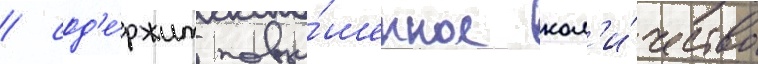
/ сод'е́ржит повы́шенное кол'и́чество